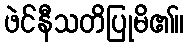
ဖဲင်နီသတိပြုမိ၏။